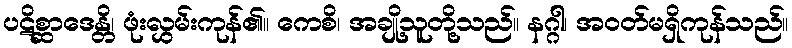
ပဋိစ္ဆာဒေန္တိ၊ ဖုံးလွှမ်းကုန်၏။ ကေစိ၊ အချို့သူတို့သည်။ နဂ္ဂါ၊ အဝတ်မရှိကုန်သည်။